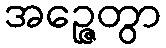
အဉ္ဇေတွာ